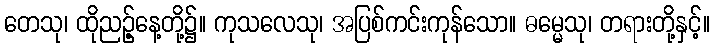
တေသု၊ ထိုညဉ့်နေ့တို့၌။ ကုသလေသု၊ အပြစ်ကင်းကုန်သော။ ဓမ္မေသု၊ တရားတို့နှင့်။